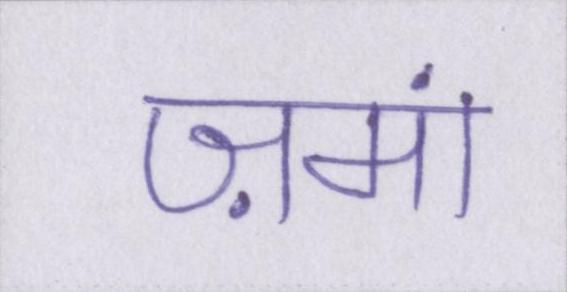
ज़मां